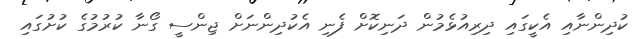
ކުދިންނާއި އެކީގައި ދިރިއުޅެމުން ދަނިކޮށް ފެނި އެކުދިންނަށް ޖިންސީ ގޯނާ ކުރުމުގެ ކުށުގައި